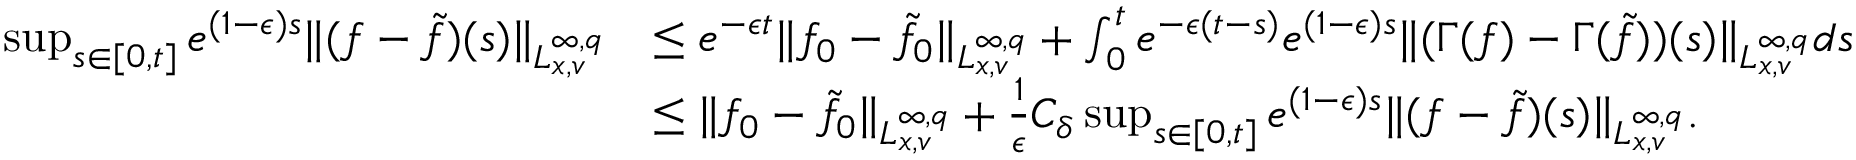
\begin{array} { r l } { \operatorname* { s u p } _ { s \in [ 0 , t ] } e ^ { ( 1 - \epsilon ) s } \| ( f - \tilde { f } ) ( s ) \| _ { L _ { x , v } ^ { \infty , q } } } & { \leq e ^ { - \epsilon t } \| f _ { 0 } - \tilde { f } _ { 0 } \| _ { L _ { x , v } ^ { \infty , q } } + \int _ { 0 } ^ { t } e ^ { - \epsilon ( t - s ) } e ^ { ( 1 - \epsilon ) s } \| ( \Gamma ( f ) - \Gamma ( \tilde { f } ) ) ( s ) \| _ { L _ { x , v } ^ { \infty , q } } d s } \\ & { \leq \| f _ { 0 } - \tilde { f } _ { 0 } \| _ { L _ { x , v } ^ { \infty , q } } + \frac { 1 } { \epsilon } C _ { \delta } \operatorname* { s u p } _ { s \in [ 0 , t ] } e ^ { ( 1 - \epsilon ) s } \| ( f - \tilde { f } ) ( s ) \| _ { L _ { x , v } ^ { \infty , q } } . } \end{array}